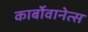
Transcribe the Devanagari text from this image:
कार्बोवानेत्स